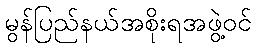
မွန်ပြည်နယ်အစိုးရအဖွဲ့ဝင်